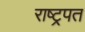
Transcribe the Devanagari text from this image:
राष्ट्रपत